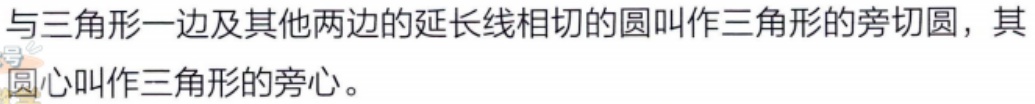
与三角形一边及其他两边的延长线相切的圆叫作三角形的旁切圆，其圆心叫作三角形的旁心。